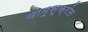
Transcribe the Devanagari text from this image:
यामूसूक्रोत